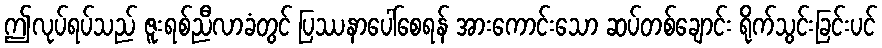
ဤလုပ်ရပ်သည် ဇူးရစ်ညီလာခံတွင် ပြဿနာပေါ်စေရန် အားကောင်းသော ဆပ်တစ်ချောင်း ရိုက်သွင်းခြင်းပင်